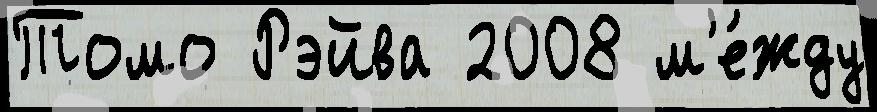
Томо Рэйва 2008 м'е́жду